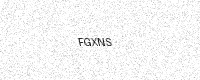
Text: FGXNS